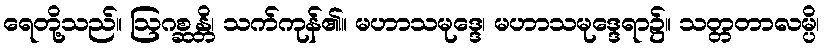
ရေတို့သည်။ ဩဂစ္ဆန္တိ၊ သက်ကုန်၏။ မဟာသမုဒ္ဒေ၊ မဟာသမုဒ္ဒေရာ၌။ သတ္တတာလမ္ပိ၊